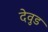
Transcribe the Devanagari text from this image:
देवुड